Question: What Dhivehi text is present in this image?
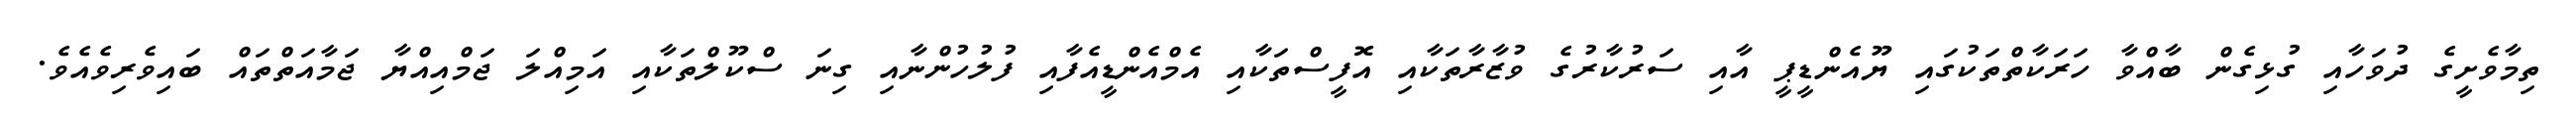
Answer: ތިމާވެށީގެ ދުވަހާއި ގުޅިގެން ބާއްވާ ހަރަކާތްތަކުގައި ޔޫއެންޑީޕީ އާއި ސަރުކާރުގެ ވުޒާރާތަކާއި އޮފީސްތަކާއި އެމްއެންޑީއެފާއި ފުލުހުންނާއި ގިނަ ސްކޫލްތަކާއި އަމިއްލަ ޖަމްއިއްޔާ ޖަމާއަތްތައް ބައިވެރިވެއެވެ.